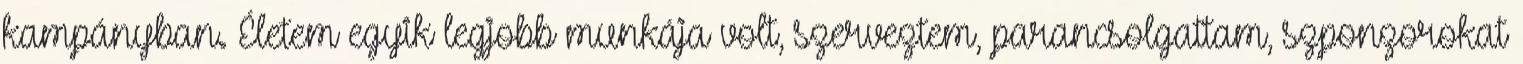
kampányban. Életem egyik legjobb munkája volt, szerveztem, parancsolgattam, szponzorokat